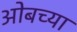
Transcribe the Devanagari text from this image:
ओबच्या